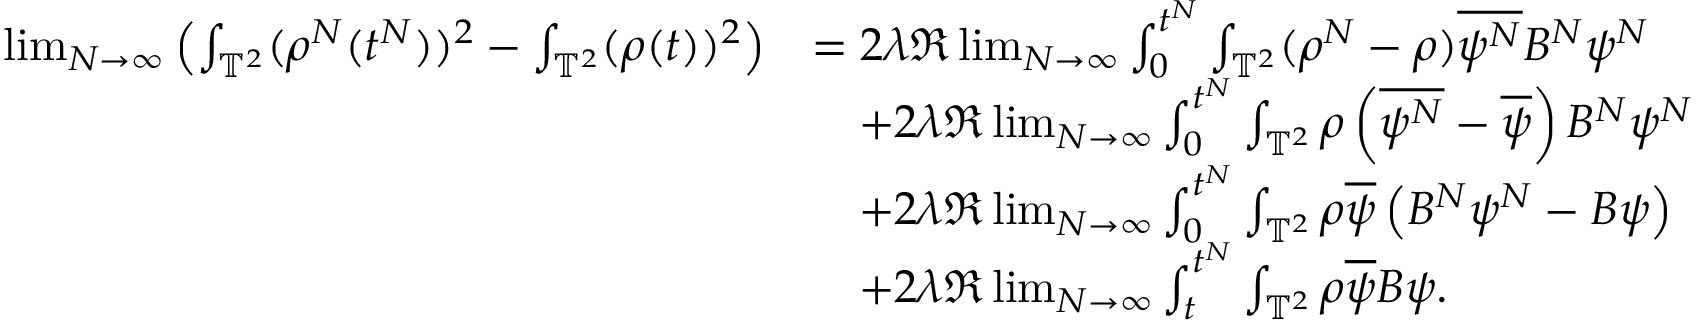
\begin{array} { r l } { \operatorname* { l i m } _ { N \rightarrow \infty } \left( \int _ { \mathbb { T } ^ { 2 } } ( \rho ^ { N } ( t ^ { N } ) ) ^ { 2 } - \int _ { \mathbb { T } ^ { 2 } } ( \rho ( t ) ) ^ { 2 } \right) } & { = 2 \lambda \Re \operatorname* { l i m } _ { N \rightarrow \infty } \int _ { 0 } ^ { t ^ { N } } \int _ { \mathbb { T } ^ { 2 } } ( \rho ^ { N } - \rho ) \overline { { \psi ^ { N } } } B ^ { N } \psi ^ { N } } \\ & { \quad + 2 \lambda \Re \operatorname* { l i m } _ { N \rightarrow \infty } \int _ { 0 } ^ { t ^ { N } } \int _ { \mathbb { T } ^ { 2 } } \rho \left( \overline { { \psi ^ { N } } } - \overline { { \psi } } \right) B ^ { N } \psi ^ { N } } \\ & { \quad + 2 \lambda \Re \operatorname* { l i m } _ { N \rightarrow \infty } \int _ { 0 } ^ { t ^ { N } } \int _ { \mathbb { T } ^ { 2 } } \rho \overline { { \psi } } \left( B ^ { N } \psi ^ { N } - B \psi \right) } \\ & { \quad + 2 \lambda \Re \operatorname* { l i m } _ { N \rightarrow \infty } \int _ { t } ^ { t ^ { N } } \int _ { \mathbb { T } ^ { 2 } } \rho \overline { { \psi } } B \psi . } \end{array}